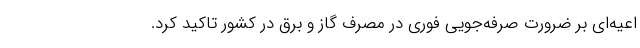
اعیه‌ای بر ضرورت صرفه‌جویی فوری در مصرف گاز و برق در کشور تاکید کرد.